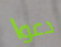
دعوا